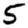
Digit: 5